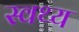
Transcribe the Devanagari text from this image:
स्वथ्य